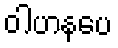
ဝါဟနပေ